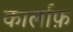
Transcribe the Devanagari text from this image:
कार्लाफ़